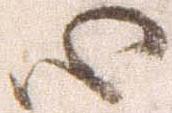
心